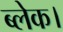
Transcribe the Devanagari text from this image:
ब्लेक।